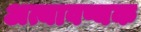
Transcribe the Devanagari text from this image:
अत्यावष्यक